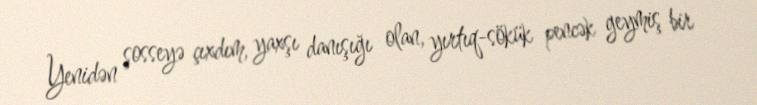
Yenidən şosseyə çıxdım, yaxşı danışığı olan, yırtıq-sökük pencək geymiş bir